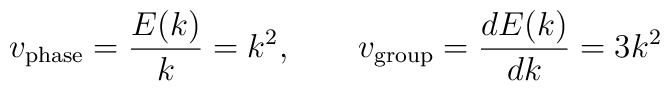
v_{\rm phase} = {E(k)\over k} = k^{2},\qquad v_{\rm group} = {dE(k)\over dk} = 3k^{2}